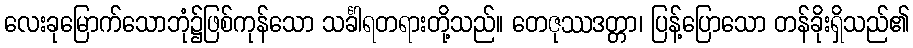
လေးခုမြောက်သောဘုံ၌ဖြစ်ကုန်သော သင်္ခါရတရားတို့သည်။ တေဇုဿဒတ္တာ၊ ပြန့်ပြောသော တန်ခိုးရှိသည်၏